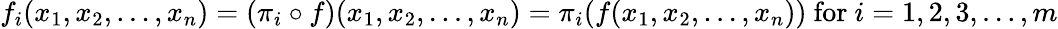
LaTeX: f_{i}(x_{1},x_{2},\ldots,x_{n})=(\pi_{i}\circ f)(x_{1},x_{2},\ldots,x_{n})=\pi_{i}(f(x_{1},x_{2},\ldots,x_{n})){\mathrm{~for~}}i=1,2,3,\ldots,m